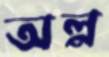
অল্প